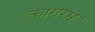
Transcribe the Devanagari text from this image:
कागरम